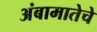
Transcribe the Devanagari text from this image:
अंबामातेचे